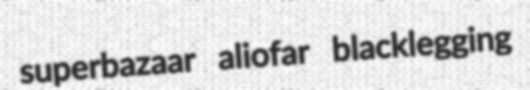
superbazaar aliofar blacklegging